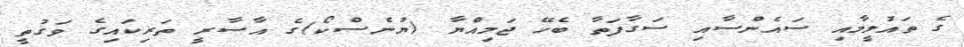
ގެ ތައުލީމާއި ސައެންސާއި ސަގާފަތާ ބެހޭ ޖަމިއްޔާ (ޔުނެސްކޯ)ގެ އާސާރީ ތަރިކައިގެ ވަގުތީ